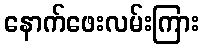
နောက်ဖေးလမ်းကြား